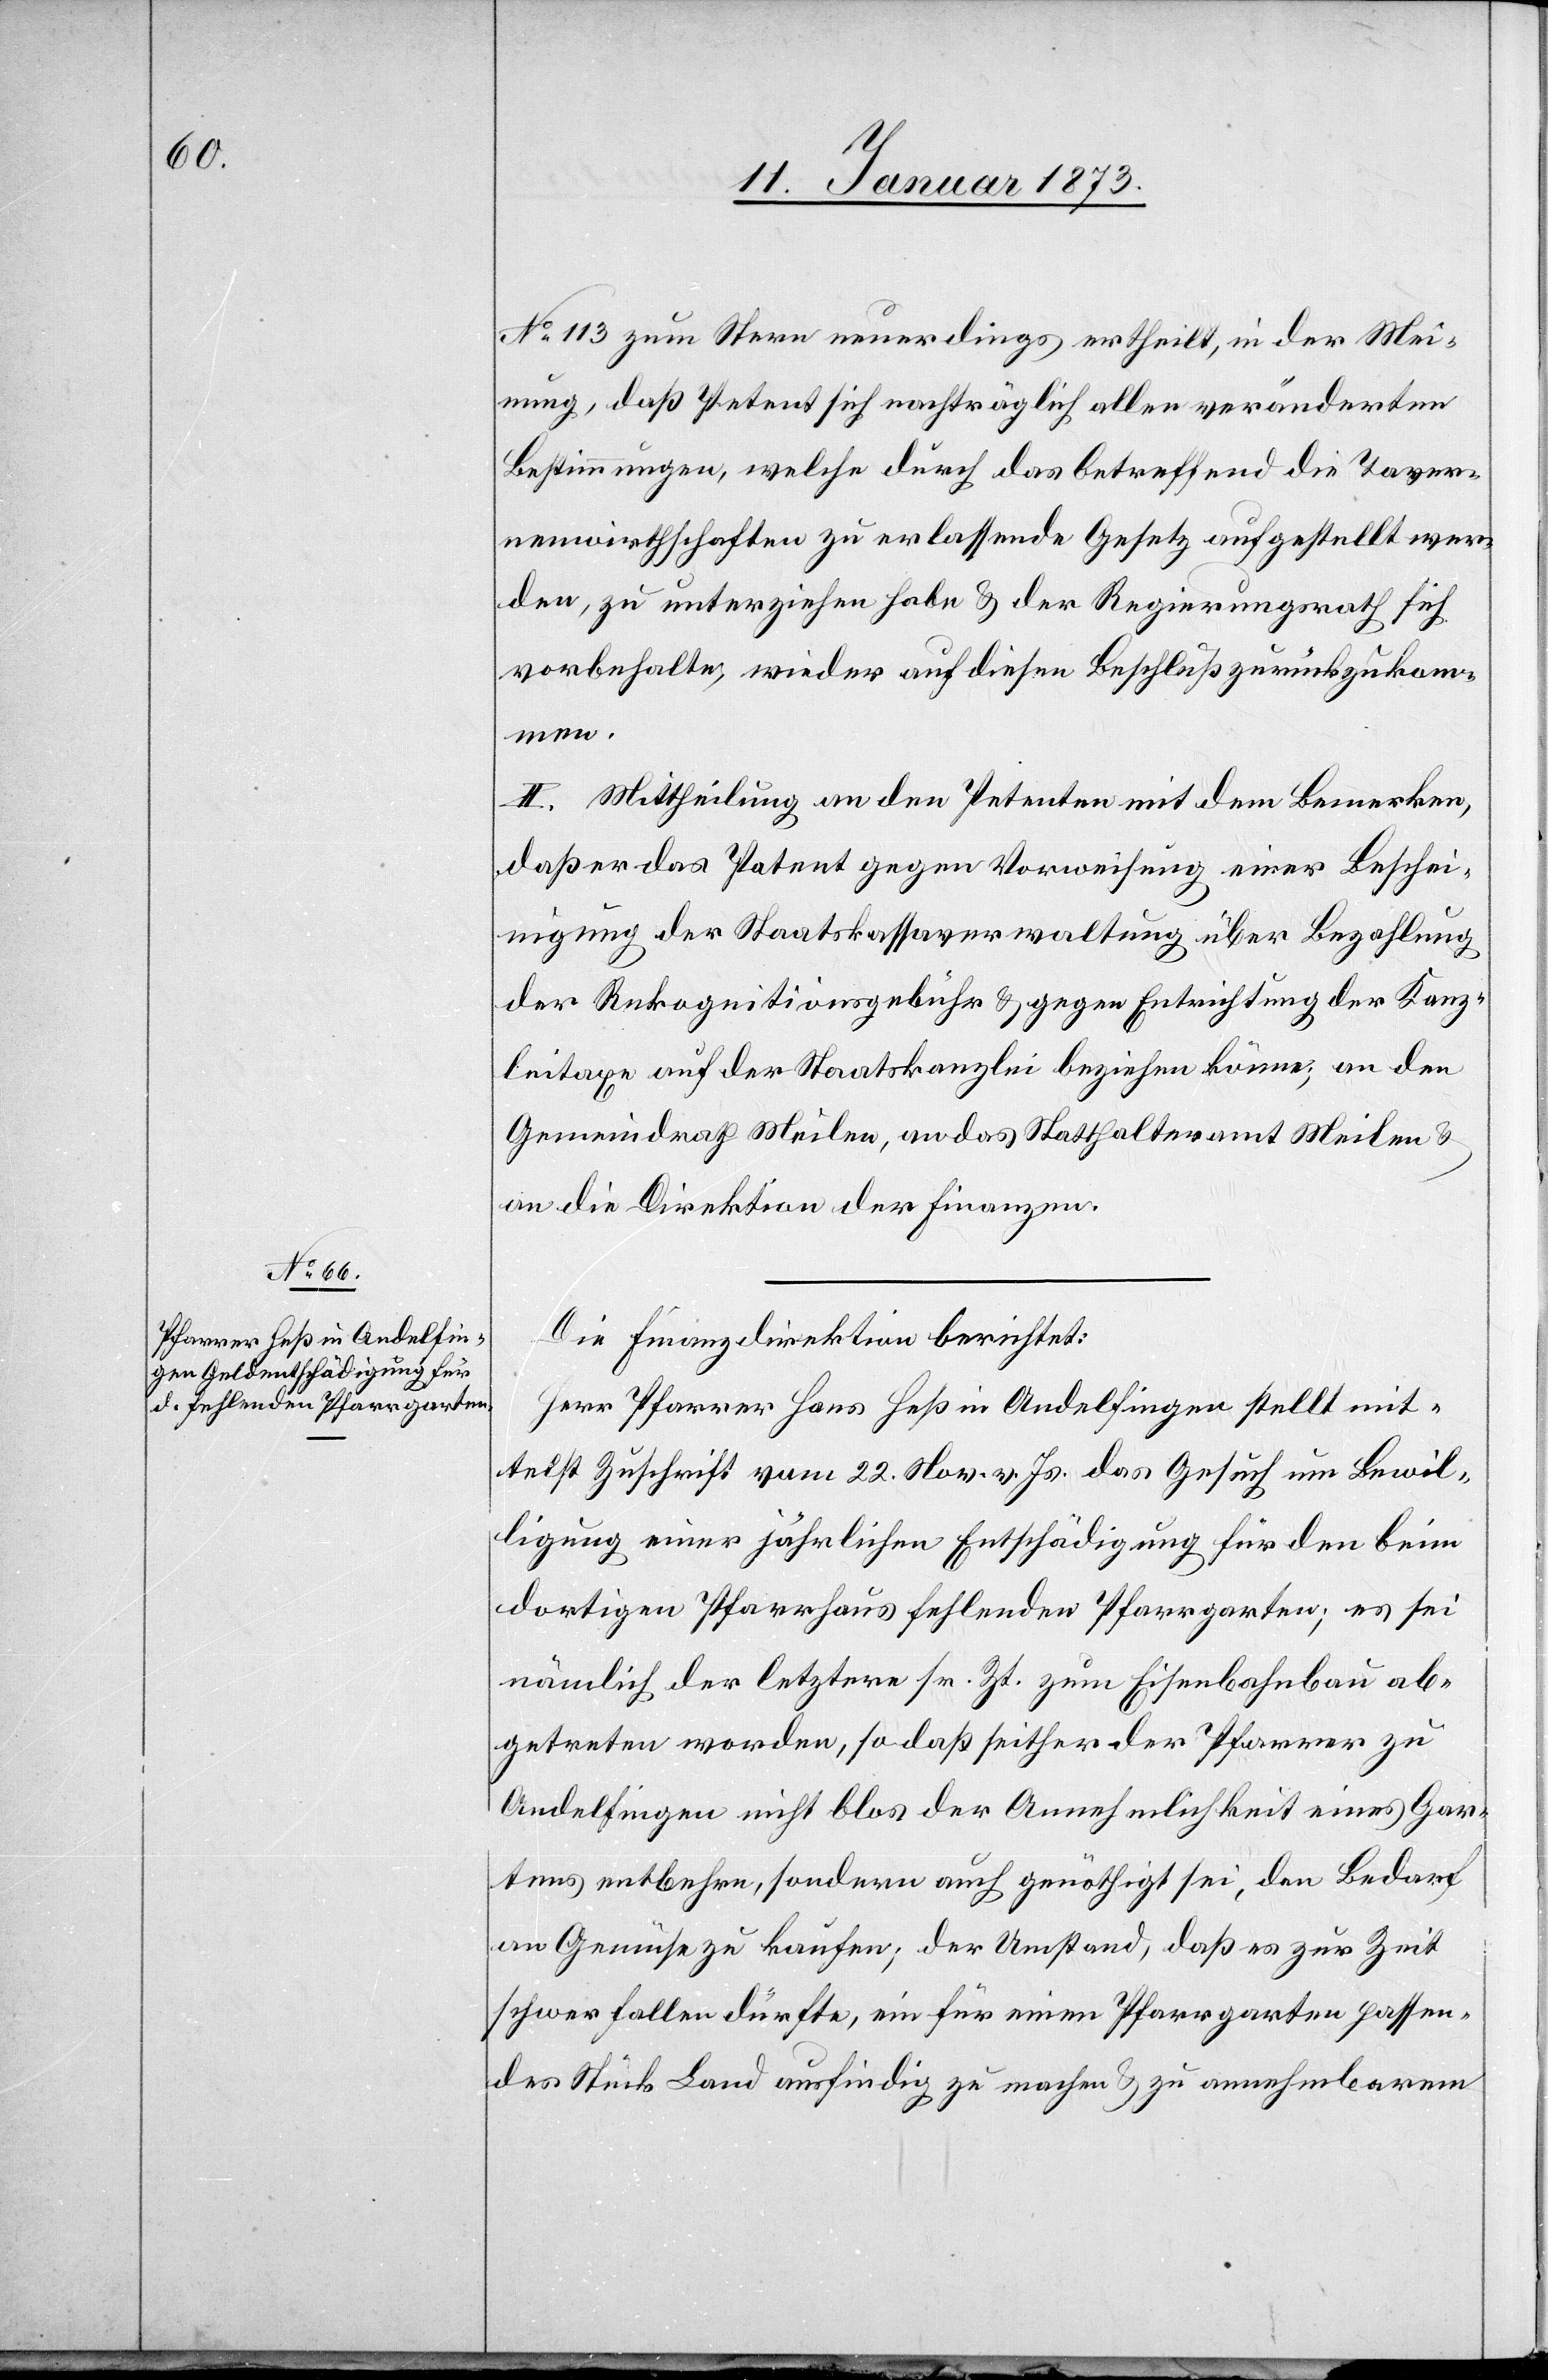
No. 113 zum Stern neuerdings ertheilt, in der Mei¬
nung, daß Petent sich nachträglich allen veränderten
Bestimmungen, welche durch das betreffend die Taver¬
nenwirthschaften zu erlassende Gesetz aufgestellt wer¬
den, zu unterziehen habe & der Regierungsrath sich
vorbehalte, wieder auf diesen Beschluß zurückzukom¬
men.
II. Mittheilung an den Petenten mit dem Bemerken,
daß er das Patent gegen Vorweisung einer Beschei¬
nigung der Staatskassaverwaltung über Bezahlung
der Rekognitionsgebühr & gegen Entrichtung der Kanz¬
leitaxe auf der Staatskanzlei beziehen könne; an den
Gemeindrath Meilen, an das Statthalteramt Meilen &
an die Direktion der Finanzen.
Die Finanzdirektion berichtet:
Herr Pfarrer Hans Heß in Andelfingen stellt mit¬
telst Zuschrift vom 22. Nov. v. Js. das Gesuch um Bewil¬
ligung einer jährlichen Entschädigung für den beim
dortigen Pfarrhaus fehlenden Pfarrgarten; es sei
nämlich der letztere sr. Zt. zum Eisenbahnbau ab¬
getreten worden, sodaß seither der Pfarrer zu
Andelfingen nicht blos der Annehmlichkeit eines Gar¬
tens entbehre, sondern auch genöthigt sei, den Bedarf
an Gemüse zu kaufen; der Umstand, daß es zur Zeit
schwer fallen dürfte, ein für einen Pfarrgarten passen¬
des Stück Land ausfindig zu machen & zu annehmbaren